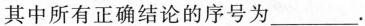
其中所有正确结论的序号为___.